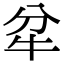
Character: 𤘝